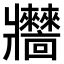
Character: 𤖧